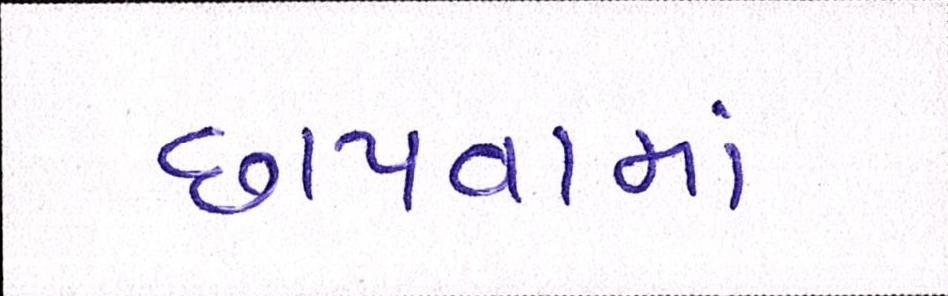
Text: છાપવામાં